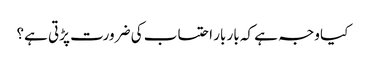
کیا وجہ ہے کہ بار بار احتساب کی ضرورت پڑتی ہے؟